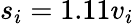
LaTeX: s_{i}=1.11v_{i}